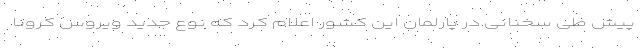
پیش طی سخنانی در پارلمان این کشور اعلام کرد که نوع جدید ویروس کرونا